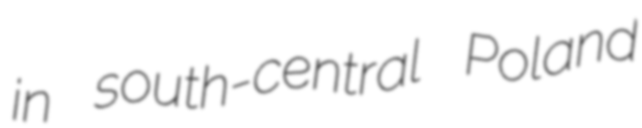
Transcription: in south-central Poland